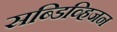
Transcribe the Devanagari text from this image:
सब्डिव्हिजन